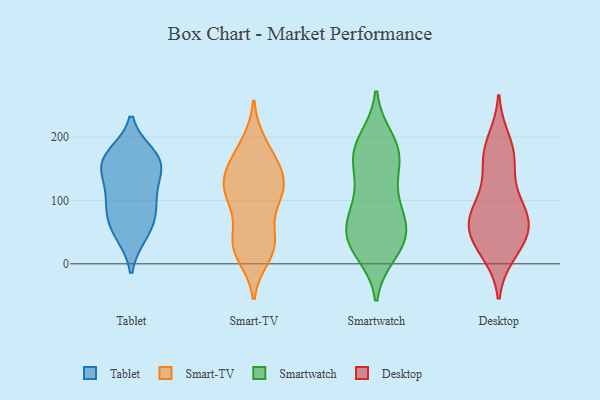
{"axis": {"x": "Budget (USD K)", "y": "Value"}, "legend": ["Desktop", "Smart-TV", "Smartwatch", "Tablet"], "data": [{"x": "", "y": 46, "type": "Tablet"}, {"x": "", "y": 92, "type": "Tablet"}, {"x": "", "y": 117, "type": "Tablet"}, {"x": "", "y": 127, "type": "Tablet"}, {"x": "", "y": 49, "type": "Tablet"}, {"x": "", "y": 81, "type": "Tablet"}, {"x": "", "y": 172, "type": "Tablet"}, {"x": "", "y": 77, "type": "Tablet"}, {"x": "", "y": 153, "type": "Tablet"}, {"x": "", "y": 158, "type": "Tablet"}, {"x": "", "y": 163, "type": "Tablet"}, {"x": "", "y": 168, "type": "Tablet"}, {"x": "", "y": 41, "type": "Smart-TV"}, {"x": "", "y": 100, "type": "Smart-TV"}, {"x": "", "y": 27, "type": "Smart-TV"}, {"x": "", "y": 103, "type": "Smart-TV"}, {"x": "", "y": 111, "type": "Smart-TV"}, {"x": "", "y": 31, "type": "Smart-TV"}, {"x": "", "y": 29, "type": "Smart-TV"}, {"x": "", "y": 31, "type": "Smart-TV"}, {"x": "", "y": 109, "type": "Smart-TV"}, {"x": "", "y": 189, "type": "Smart-TV"}, {"x": "", "y": 153, "type": "Smart-TV"}, {"x": "", "y": 184, "type": "Smart-TV"}, {"x": "", "y": 136, "type": "Smart-TV"}, {"x": "", "y": 144, "type": "Smart-TV"}, {"x": "", "y": 136, "type": "Smart-TV"}, {"x": "", "y": 107, "type": "Smart-TV"}, {"x": "", "y": 151, "type": "Smart-TV"}, {"x": "", "y": 13, "type": "Smart-TV"}, {"x": "", "y": 178, "type": "Smartwatch"}, {"x": "", "y": 45, "type": "Smartwatch"}, {"x": "", "y": 183, "type": "Smartwatch"}, {"x": "", "y": 36, "type": "Smartwatch"}, {"x": "", "y": 128, "type": "Smartwatch"}, {"x": "", "y": 76, "type": "Smartwatch"}, {"x": "", "y": 85, "type": "Smartwatch"}, {"x": "", "y": 171, "type": "Smartwatch"}, {"x": "", "y": 150, "type": "Smartwatch"}, {"x": "", "y": 32, "type": "Smartwatch"}, {"x": "", "y": 82, "type": "Smartwatch"}, {"x": "", "y": 17, "type": "Smartwatch"}, {"x": "", "y": 188, "type": "Smartwatch"}, {"x": "", "y": 149, "type": "Smartwatch"}, {"x": "", "y": 23, "type": "Smartwatch"}, {"x": "", "y": 197, "type": "Smartwatch"}, {"x": "", "y": 40, "type": "Smartwatch"}, {"x": "", "y": 52, "type": "Smartwatch"}, {"x": "", "y": 83, "type": "Smartwatch"}, {"x": "", "y": 16, "type": "Desktop"}, {"x": "", "y": 68, "type": "Desktop"}, {"x": "", "y": 168, "type": "Desktop"}, {"x": "", "y": 43, "type": "Desktop"}, {"x": "", "y": 88, "type": "Desktop"}, {"x": "", "y": 36, "type": "Desktop"}, {"x": "", "y": 80, "type": "Desktop"}, {"x": "", "y": 69, "type": "Desktop"}, {"x": "", "y": 165, "type": "Desktop"}, {"x": "", "y": 98, "type": "Desktop"}, {"x": "", "y": 178, "type": "Desktop"}, {"x": "", "y": 132, "type": "Desktop"}, {"x": "", "y": 20, "type": "Desktop"}, {"x": "", "y": 195, "type": "Desktop"}, {"x": "", "y": 56, "type": "Desktop"}, {"x": "", "y": 58, "type": "Desktop"}]}